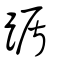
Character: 踲